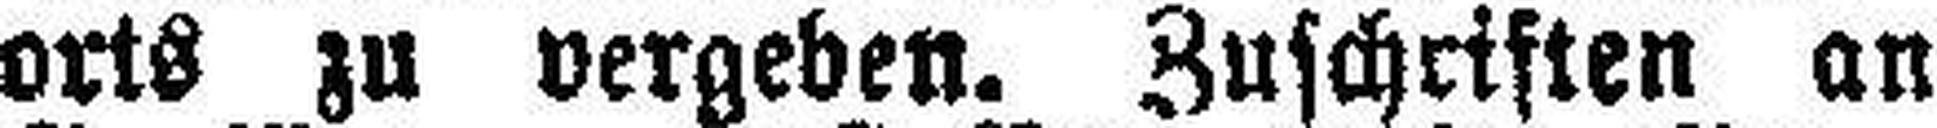
orts zu vergeben. Zuschriften an